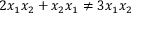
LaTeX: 2 x _ { 1 } x _ { 2 } + x _ { 2 } x _ { 1 } \neq 3 x _ { 1 } x _ { 2 }